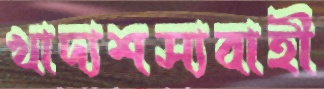
খাদ্যশস্যবাহী